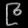
Digit: ၉